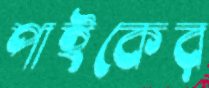
পাইকের